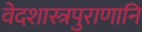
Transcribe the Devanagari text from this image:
वेदशास्त्रपुराणानि